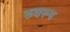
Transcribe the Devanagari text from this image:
रुवरूप